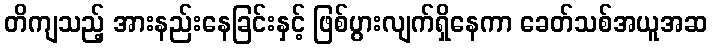
တိကျသည့် အားနည်းနေခြင်းနှင့် ဖြစ်ပွားလျက်ရှိနေကာ ခေတ်သစ်အယူအဆ